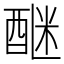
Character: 𨡅